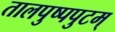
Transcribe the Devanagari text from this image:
तालपुष्पपुटम्